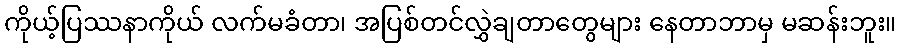
ကိုယ့်ပြဿနာကိုယ် လက်မခံတာ၊ အပြစ်တင်လွှဲချတာတွေများ နေတာဘာမှ မဆန်းဘူး။